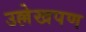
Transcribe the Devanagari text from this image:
उल्लेखपण